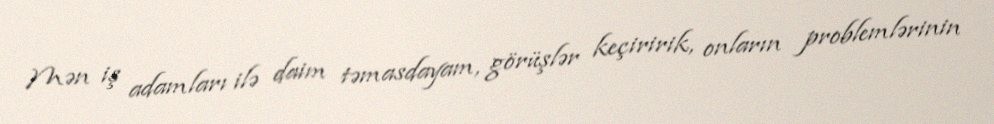
Mən iş adamları ilə daim təmasdayam, görüşlər keçiririk, onların problemlərinin